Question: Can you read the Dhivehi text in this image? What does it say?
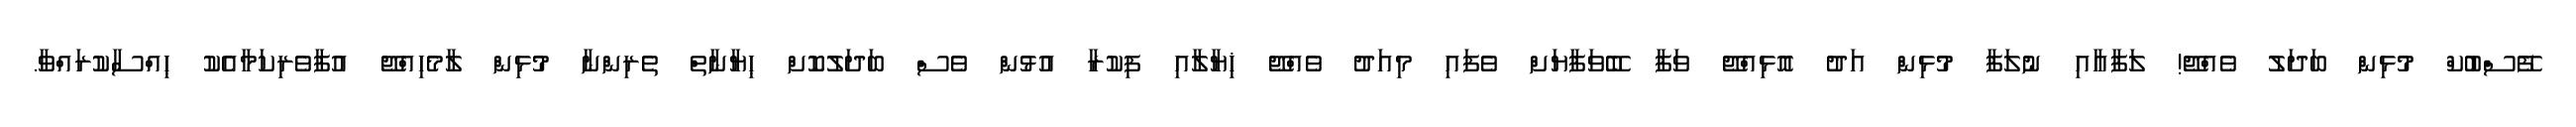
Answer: ފޭސްބުކް މުޅިން ބަދަލު ވެއްޖޭ! ލަފާއާއި ނުލަފާ މުޅިން އަދު އޮޅިއްޖޭ ވަފާ ބޭވަފާޔަށް ވެފައި މިއަދު ވެއްޖޭ ޚިޔާލާއި ފިކުރާ އުޅުން ވެސް ބަދަލުކޮށް ޙިޔާނާތް ތެރިންނާ މުޅިން ލާމެހިއްޖޭ އުފާވެރިކަމާއެކު ޙިއްސާކުރައްވާ.